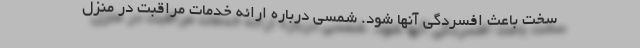
سخت باعث افسردگی آنها شود. شمسی درباره ارائه خدمات مراقبت در منزل